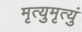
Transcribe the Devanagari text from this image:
मृत्युमृत्युं